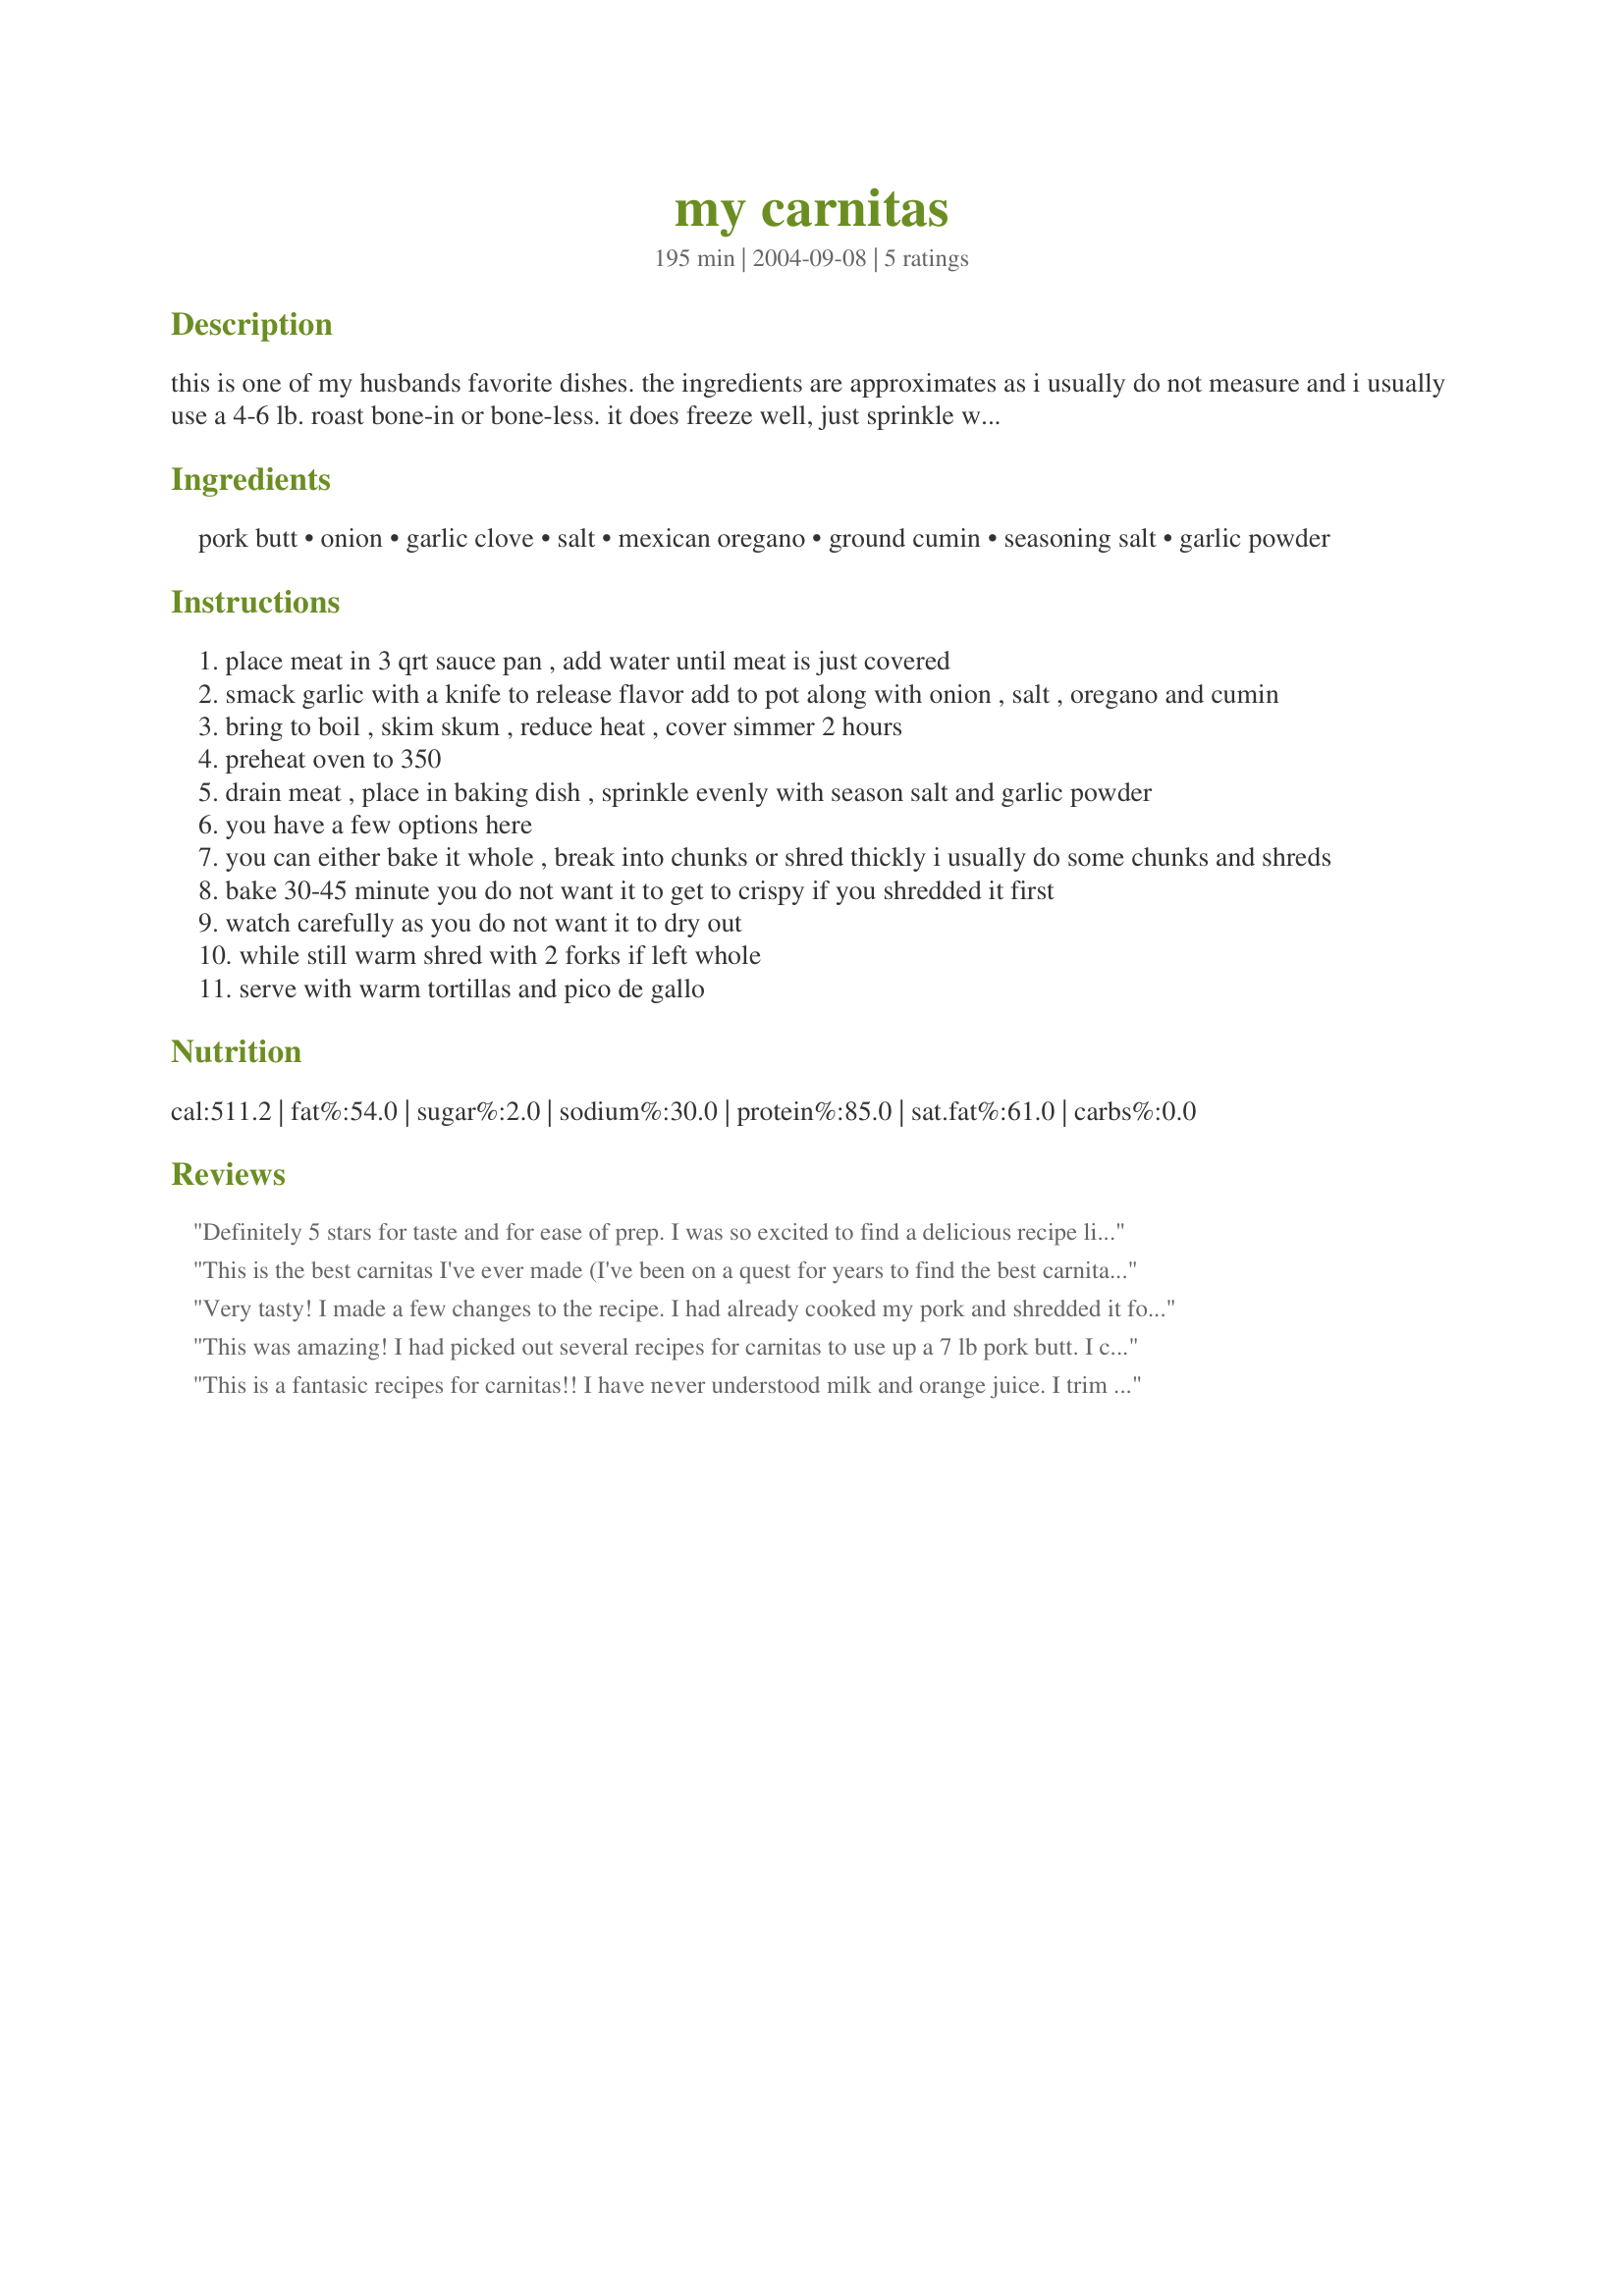
my carnitas
Preparation time: 195 minutes

this is one of my husbands favorite dishes. the ingredients are approximates as i usually do not measure and i usually use a 4-6 lb. roast bone-in or bone-less. it does freeze well, just sprinkle with some water and wrap in foil to reheat.

Ingredients:
pork butt, onion, garlic clove, salt, mexican oregano, ground cumin, seasoning salt, garlic powder

Steps:
place meat in 3 qrt sauce pan , add water until meat is just covered
smack garlic with a knife to release flavor add to pot along with onion , salt , oregano and cumin
bring to boil , skim skum , reduce heat , cover simmer 2 hours
preheat oven to 350
drain meat , place in baking dish , sprinkle evenly with season salt and garlic powder
you have a few options here
you can either bake it whole , break into chunks or shred thickly i usually do some chunks and shreds
bake 30-45 minute you do not want it to get to crispy if you shredded it first
watch carefully as you do not want it to dry out
while still warm shred with 2 forks if left whole
serve with warm tortillas and pico de gallo

Reviews:
Definitely 5 stars for taste and for ease of prep. I was so excited to find a delicious recipe like this one. DH could not stop talking about it and has already claimed the leftovers for himself. Will definitely make way more next time for leftovers. Also, I think next time when the pork goes in the oven to add some slices of onion to it for even more flavor.
This is the best carnitas I've ever made (I've been on a quest for years to find the best carnitas recipe). I probably will never have to try another recipe.
I made it exactly like it was written. So easy to do. Just perfect.
Very tasty! I made a few changes to the recipe. I had already cooked my pork and shredded it for sandwiches, so I skipped straight to step 6, but added the oregano and cumin along with the seasoning salt and garlic powder. It was very quick and good! Thanks for posting!
This was amazing! I had picked out several recipes for carnitas to use up a 7 lb pork butt. I could not be happier that I tried this one first! Very easy; smelled delicious on the stove & was a snap to shred. We served it with lettuce, cheese, sour cream & salsa in flour tortillas. This will be a repeated recipe in my house. :) Thanks for sharing, Debilyn! Made for Fall 2009 Pick A Chef. http://www.recipezaar.com/bb/viewtopic.zsp?t=310505&postdays=0&postorder=asc&start=0
This is a fantasic recipes for carnitas!! I have never understood milk and orange juice. I trim most of the fat before cooking so when I shed in the oven I add a little oil and salt to get crispy, Great meal
